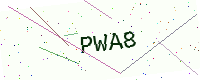
Text: PWA8